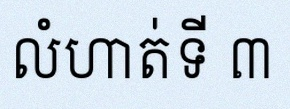
លំហាត់ទី ៣